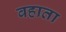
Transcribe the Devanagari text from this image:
वहाता